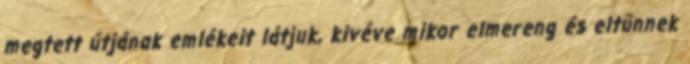
megtett útjának emlékeit látjuk, kivéve mikor elmereng és eltűnnek